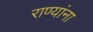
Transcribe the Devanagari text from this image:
राण्यांना